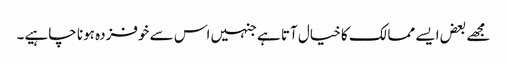
مجھے بعض ایسے ممالک کا خیال آتا ہے جنہیں اس سے خوفزدہ ہونا چاہیے۔